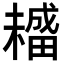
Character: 𤳡